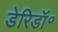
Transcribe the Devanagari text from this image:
डेरिडॉ॰